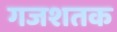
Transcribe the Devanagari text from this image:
गजशतक